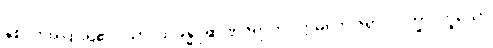
နှစ်ပါးအပြားရှိ၏။ သာ၊ ထိုခန္ဓပုရာဏဇရာကို။ ဣဓ၊ ဤဇရာပိ ဒုက္ခာ၊ ဟူသော